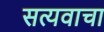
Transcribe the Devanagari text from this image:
सत्यवाचा